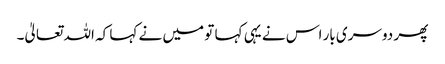
پھر دوسری بار اس نے یہی کہا تو میں نے کہا کہ اللہ تعالیٰ۔